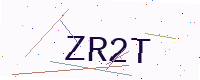
Text: ZR2T